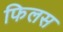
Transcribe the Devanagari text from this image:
फिलस